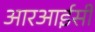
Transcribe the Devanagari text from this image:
आरआईसी